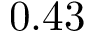
0 . 4 3